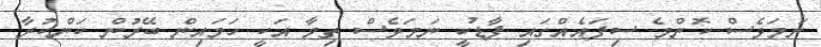
ނަމަވެސް ކޮންމެ ސިފައެއްގައި ފާޑުކީ ނަމަވެސް ތިމާ އަކީ ހަމައިން ބޭރުން ކަންކުރާ